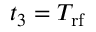
t _ { 3 } = T _ { \mathrm { r f } }